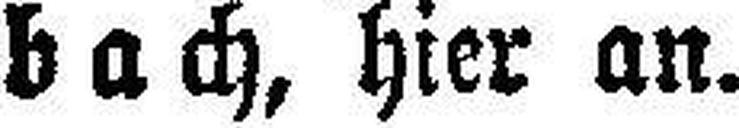
bach, hier an.